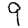
Digit: 9